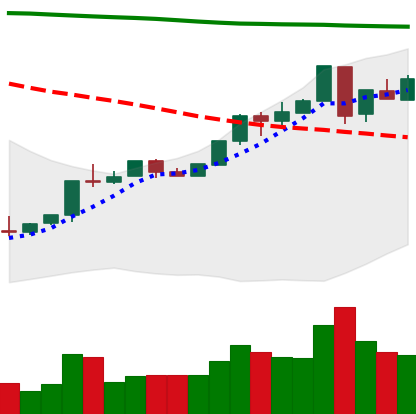
Ticker: ETH-USD
Chart end date: 2018-04-28
Forward return: 14.022%
Label: up_7plus